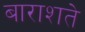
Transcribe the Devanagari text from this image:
बाराशते